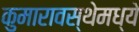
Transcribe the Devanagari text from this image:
कुमारावस्थेमध्ये